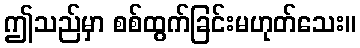
ဤသည်မှာ စစ်ထွက်ခြင်းမဟုတ်သေး။